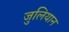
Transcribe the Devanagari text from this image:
जुलियान